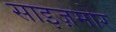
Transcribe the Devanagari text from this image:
साइज़मोर